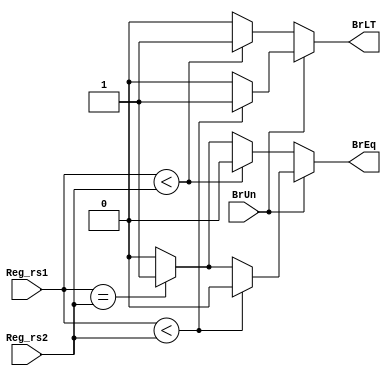
`timescale 1ns / 1ns

module BComp(Reg_rs1, Reg_rs2, BrUn, BrLT, BrEq);
    input [31:0] Reg_rs1;
    input [31:0] Reg_rs2;
    input BrUn;
    output reg BrLT;
    output reg BrEq;
    
    always@(*)
    begin
    
        if (BrUn == 1)
        begin
            if (Reg_rs1 < Reg_rs2)
            begin
            BrLT = 1;
            BrEq = 0;
            end
            else if (Reg_rs1 == Reg_rs2)
            begin
            BrLT = 0;
            BrEq = 1;
            end  
            else
            begin
            BrLT = 0;
            BrEq = 0;
            end          
        end
        else
        begin
            if ($signed(Reg_rs1) < $signed(Reg_rs2))
            begin
            BrLT = 1;
            BrEq = 0;
            end
            else if (Reg_rs1 == Reg_rs2)
            begin
            BrLT = 0;
            BrEq = 1;
            end
            else
            begin
            BrLT = 0;
            BrEq = 0;
            end
        end
    end    
endmodule